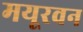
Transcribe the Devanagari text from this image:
मयूरवन